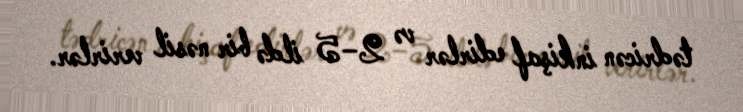
tədricən inkişaf edirlər və 2–5 ildə bir nəsil verirlər.